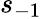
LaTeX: s_{-1}